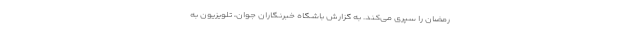
رمضان را سپری می‌کند. به گزارش باشگاه خبرنگاران جوان، تلویزیون به